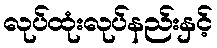
လုပ်ထုံးလုပ်နည်းနှင့်